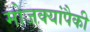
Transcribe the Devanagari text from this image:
मोजक्यांपैकी